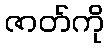
ဇာတ်ကို